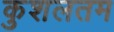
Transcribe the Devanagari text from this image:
कुशलतम